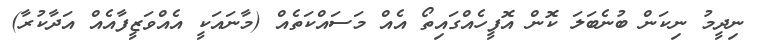
ނިދީމު ނިކަން ބުނެބަލަ ކޮން އޮފީހެއްގައިތޯ އެއް މަސައްކަތެއް (މާނައަކީ އެއްވަޒީފާއެއް އަދާކުރާ)